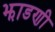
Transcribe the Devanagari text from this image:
झाडणी